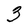
Character: 3